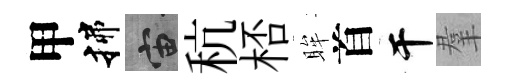
甲揲宙秔桮眸首干羣